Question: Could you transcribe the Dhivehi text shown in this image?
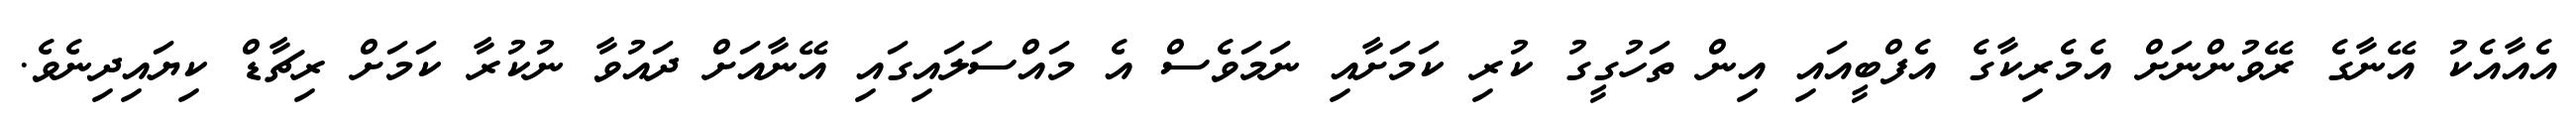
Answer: އެއާއެކު އޭނާގެ ރޭވުންނަށް އެމެރިކާގެ އެފްބީއައި އިން ތަހުގީގު ކުރި ކަމަށާއި ނަމަވެސް އެ މައްސަލައިގައި އޭނާއަށް ދައުވާ ނުކުރާ ކަމަށް ރިޗާޑް ކިޔައިދިނެވެ.